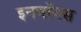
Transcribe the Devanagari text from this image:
इनवॉयस